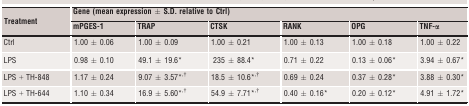
<table><thead><tr><td rowspan="2"><b>Treatment</b></td><td colspan="6"><b>Gene (mean expression ± S.D. relative to Ctrl)</b></td></tr><tr><td><b>mPGES‐1</b></td><td><b>TRAP</b></td><td><b>CTSK</b></td><td><b>RANK</b></td><td><b>OPG</b></td><td><b>TNF‐α</b></td></tr></thead><tbody><tr><td>Ctrl</td><td>1.00 ± 0.06</td><td>1.00 ± 0.09</td><td>1.00 ± 0.21</td><td>1.00 ± 0.13</td><td>1.00 ± 0.18</td><td>1.00 ± 0.22</td></tr><tr><td>LPS</td><td>0.98 ± 0.10</td><td>49.1 ± 19.6a</td><td>235 ± 88.4a</td><td>0.71 ± 0.22</td><td>0.13 ± 0.06a</td><td>3.94 ± 0.67a</td></tr><tr><td>LPS + TH‐848</td><td>1.17 ± 0.24</td><td>9.07 ± 3.57a<sup>,</sup>b</td><td>18.5 ± 10.6a<sup>,</sup>b</td><td>0.69 ± 0.24</td><td>0.37 ± 0.28a</td><td>3.88 ± 0.30a</td></tr><tr><td>LPS + TH‐644</td><td>1.10 ± 0.34</td><td>16.9 ± 5.60a<sup>,</sup>b</td><td>54.9 ± 7.71a<sup>,</sup>b</td><td>0.40 ± 0.16a</td><td>0.20 ± 0.12a</td><td>4.91 ± 1.72a</td></tr></tbody></table>